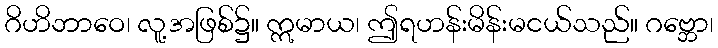
ဂိဟိဘာဝေ၊ လူ့အဖြစ်၌။ ဣမာယ၊ ဤရဟန်းမိန်းမငယ်သည်။ ဂဗ္ဘော၊